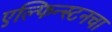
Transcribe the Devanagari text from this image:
एल्फिन्स्टनचा